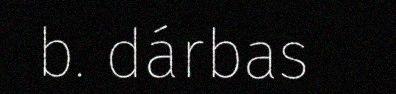
b. dárbas